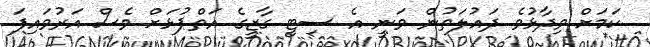
ކަމަށް ވިދާޅުވެ ދައުލަތުން ވަނީ އެ ސިޓީ ގާޒީގެ އަތްޕުޅަށް ވެސް އަރުވައިފަ